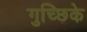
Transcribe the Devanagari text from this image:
गुच्छिके